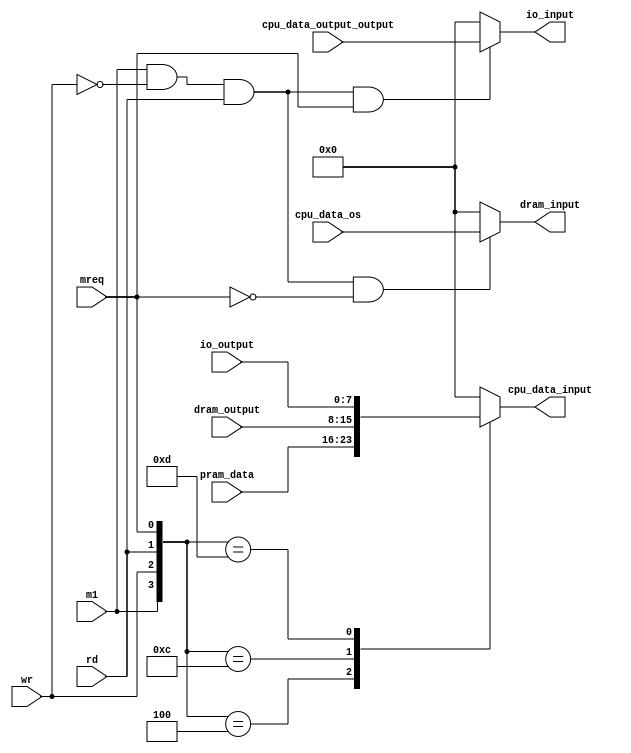
// Company           :   tud                      
//                    			
// Project Name      :   prz    
// Subproject Name   :   main    
// Description       :   <short description>            
//
// Last Change       :   $Date$
// by                :   $Author$                  			
//------------------------------------------------------------
`timescale 1ns/10ps

module data_bus(
	m1,
	mreq,
	rd,
	wr,
	cpu_data_input,
	cpu_data_output_output,
	cpu_data_os,

	pram_data,

	dram_input,
	dram_output,

	io_input,
	io_output
	);

input m1;
input mreq;
input rd;
input wr;
output reg [7:0] cpu_data_input;
input  [7:0] cpu_data_output_output;
input  [7:0] cpu_data_os;

input  [7:0] pram_data;

output [7:0] dram_input;
input  [7:0] dram_output;

output [7:0] io_input;
input  [7:0] io_output;

wire io_input_flag;
//assign io_input = cpu_data_output;
assign io_input_flag = m1 & (~wr) & rd & mreq;
assign io_input = io_input_flag ? cpu_data_output_output : 8'h00;
// assign io_input_flag = m1 & (~wr) & rd & mreq;
// assign io = io_input_flag ? io_input : 8'hzz;
// assign io_output = io;

wire dram_input_flag;
assign dram_input_flag = m1 & (~wr) & rd & (~mreq);
assign dram_input = dram_input_flag ? cpu_data_os : 8'h00;

always @(m1 or wr or rd or mreq or pram_data or dram_output or io_output) begin
	case({m1, wr, rd, mreq})
		4'b0100: cpu_data_input = pram_data;
		4'b1100: cpu_data_input = dram_output;
		4'b1101: cpu_data_input = io_output;
		default: cpu_data_input = 8'h00;
	endcase
end

endmodule